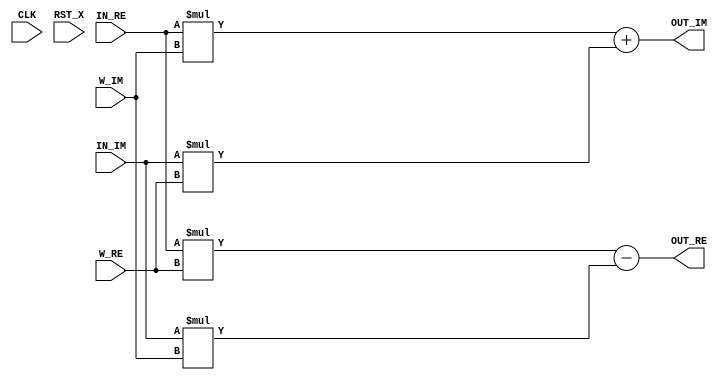
module mult
  (
   input		CLK,
   input		RST_X,
   input signed [32:0] IN_RE,
   input signed [32:0] IN_IM,
   input signed [ 1:0] W_RE,
   input signed [ 1:0] W_IM,

   output signed [32:0] OUT_RE,
   output signed [32:0] OUT_IM
   );

	wire signed [32:0] WXA_RE, WXB_RE;
	wire signed [32:0] WXA_IM, WXB_IM;

	assign WXA_RE = IN_RE * W_RE;
	assign WXB_RE = IN_IM * W_IM;
	assign WXA_IM = IN_RE * W_IM;
	assign WXB_IM = IN_IM * W_RE;

	assign OUT_RE = WXA_RE - WXB_RE;
	assign OUT_IM = WXA_IM + WXB_IM;

endmodule